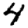
Digit: 4